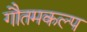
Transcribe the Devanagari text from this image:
गौतमकल्प